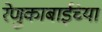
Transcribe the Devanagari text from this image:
रेणुकाबाईंच्या